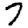
Digit: 7